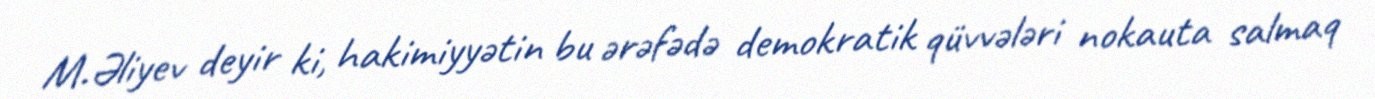
M.Əliyev deyir ki, hakimiyyətin bu ərəfədə demokratik qüvvələri nokauta salmaq